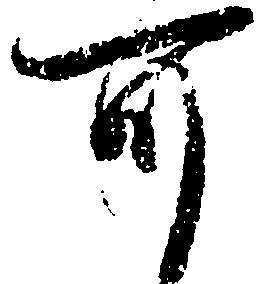
可